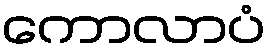
ကောလာပံ